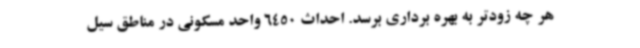
هر چه زودتر به بهره برداری برسد. احداث 6450 واحد مسکونی در مناطق سیل